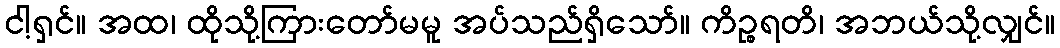
ငါ့ရှင်။ အထ၊ ထိုသို့ကြားတော်မမူ အပ်သည်ရှိသော်။ ကိဉ္စရတိ၊ အဘယ်သို့လျှင်။